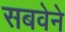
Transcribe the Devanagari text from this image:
सबवेने